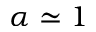
\alpha \simeq 1